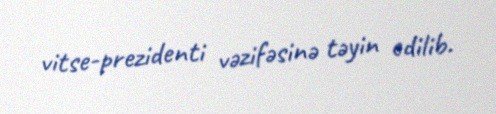
vitse-prezidenti vəzifəsinə təyin edilib.